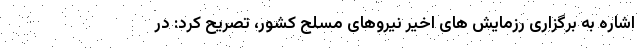
اشاره به برگزاری رزمایش های اخیر نیروهای مسلح کشور، تصریح کرد: در